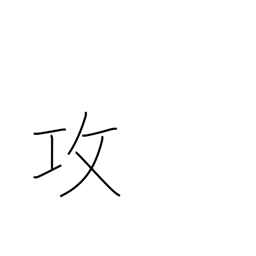
Meaning: criticize